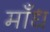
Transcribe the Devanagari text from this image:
माँध